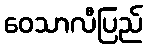
ဝေသာလီပြည်